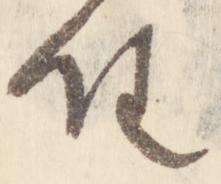
任